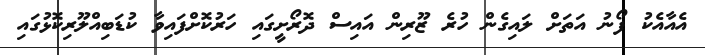
އެއާއެކު ފޯނު އަތަށް ލައިގެން ހުރެ ޒޫރިން އައިސް ދޮރޯށީގައި ހަރުކޮށްފައިވާ ކުޑަބިއްލޫރިކޮޅުގައި